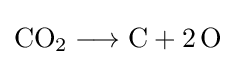
{\mathrm {CO} {\vphantom {A}}_{\smash[{t}]{2}}{}\mathrel {\longrightarrow } {}\mathrm {C} {}+{}2\,\mathrm {O} }